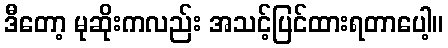
ဒီတော့ မုဆိုးကလည်း အသင့်ပြင်ထားရတာပေါ့။